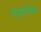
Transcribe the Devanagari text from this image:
गायनेक